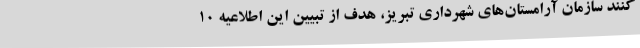
کنند سازمان آرامستان‌های شهرداری تبریز، هدف از تبیین این اطلاعیه 10